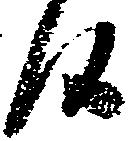
候